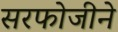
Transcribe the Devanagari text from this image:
सरफोजीने